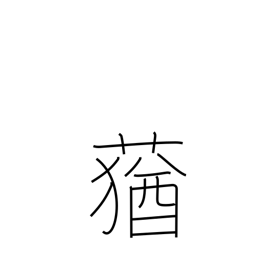
Meaning: foul-smelling grass